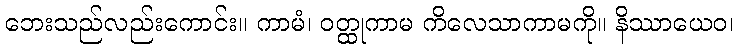
ဘေးသည်လည်းကောင်း။ ကာမံ၊ ဝတ္ထုကာမ ကိလေသာကာမကို။ နိဿာယေဝ၊